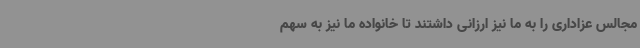
مجالس عزاداری را به ما نیز ارزانی داشتند تا خانواده ما نیز به سهم